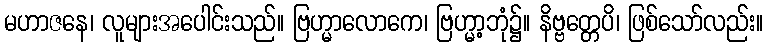
မဟာဇနေ၊ လူများအပေါင်းသည်။ ဗြဟ္မာလောကေ၊ ဗြဟ္မာ့ဘုံ၌။ နိဗ္ဗတ္တေပိ၊ ဖြစ်သော်လည်း။